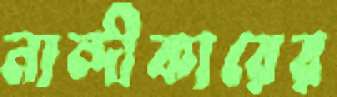
নান্দীকারের